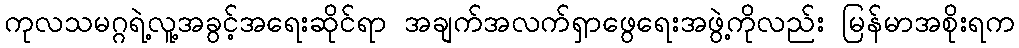
ကုလသမဂ္ဂရဲ့လူ့အခွင့်အရေးဆိုင်ရာ အချက်အလက်ရှာဖွေရေးအဖွဲ့ကိုလည်း မြန်မာအစိုးရက